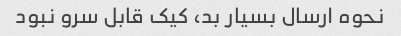
نحوه ارسال بسیار بد، کیک قابل سرو نبود